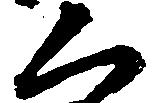
く